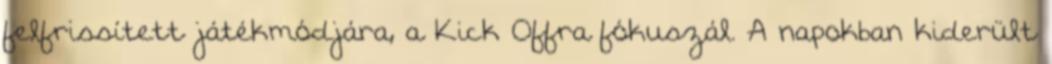
felfrissített játékmódjára, a Kick Offra fókuszál. A napokban kiderült